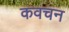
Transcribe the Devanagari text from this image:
कवचन